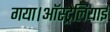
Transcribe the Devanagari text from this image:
गया।ऑस्ट्रेलियाई